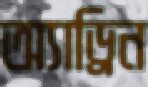
অ্যাড্রিন